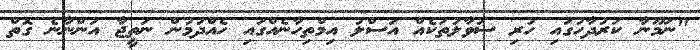
"ނަމޫނާ ކަރުދާހުގައި ހުރި ސުވާލުތަކެއް އަސްލު އިމްތިހާނެއްގައި ހެއްދުމުން ނަތީޖާ އަންނާނެ ގޮތް